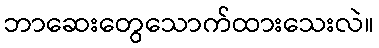
ဘာဆေးတွေသောက်ထားသေးလဲ။